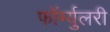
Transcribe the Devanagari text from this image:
फॉर्म्युलरी